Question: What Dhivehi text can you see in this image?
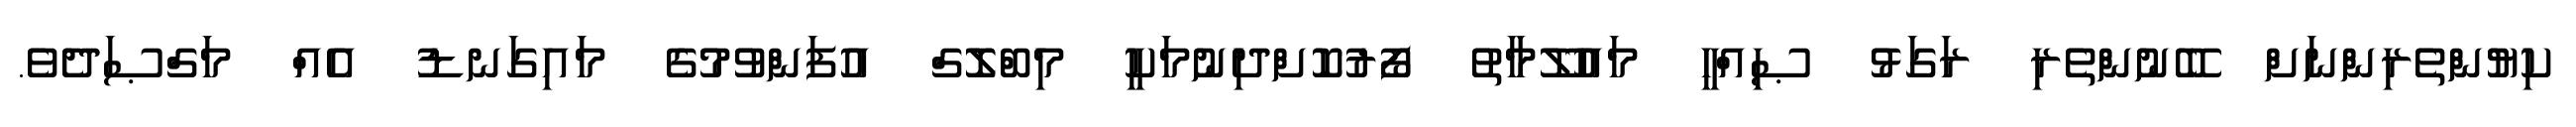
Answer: ކިޔުންތެރިންނަށް ބޭނުންތެރި ރަގަޅު ޞިއްހީ މައުލޫމާތު ފޯރުކޮށްދިނުމަކީ މިބްލޮގް އުފަންވުމުގެ މައިގަނޑު އެއް މަގްޞަދެވެ.